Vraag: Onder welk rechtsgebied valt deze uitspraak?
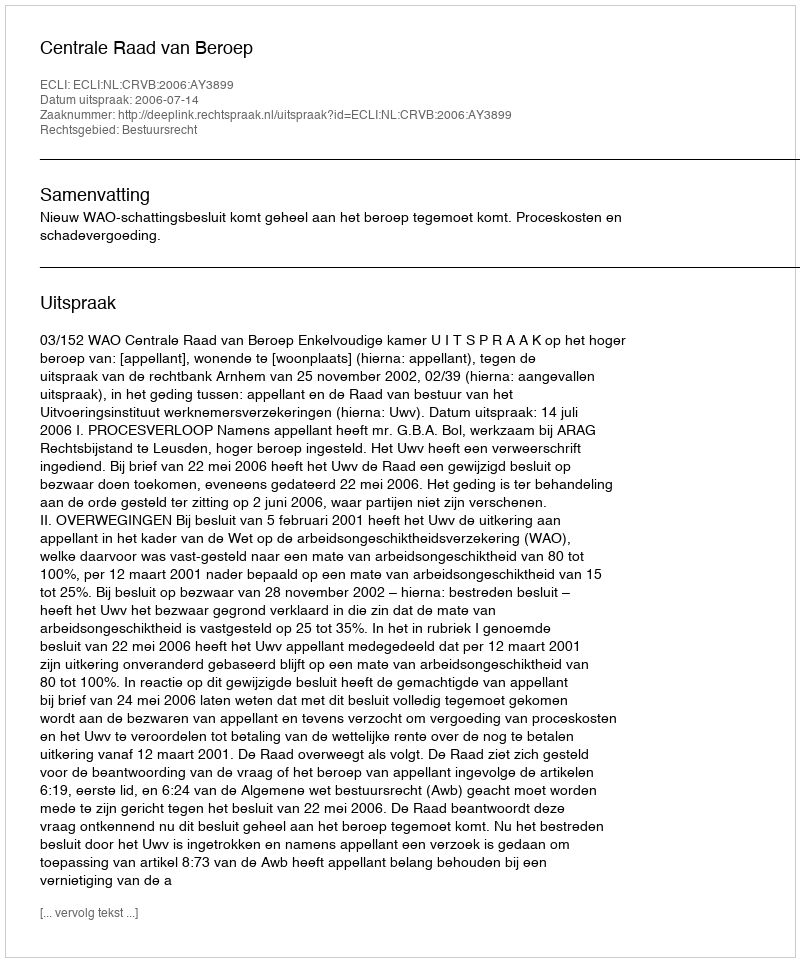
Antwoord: Bestuursrecht